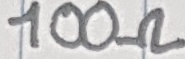
Text: 100Ω